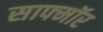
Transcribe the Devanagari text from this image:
साफ्मॉर